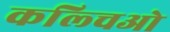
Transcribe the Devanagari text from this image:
कल्चिओ